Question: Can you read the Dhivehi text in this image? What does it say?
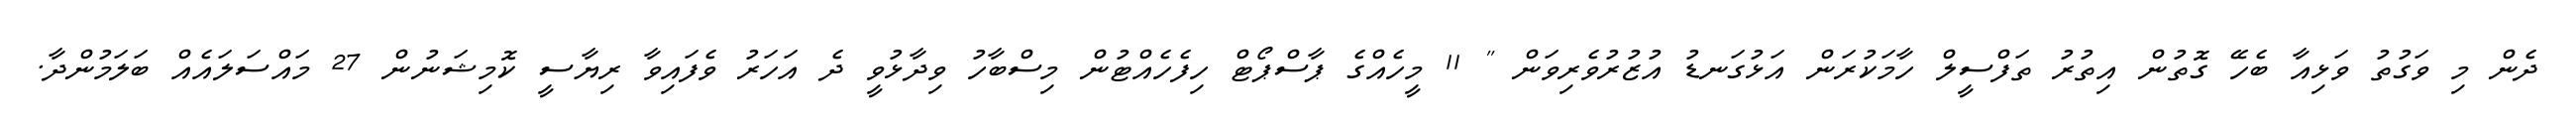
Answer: ދެން މި ވަގުތު ވަޅިއާ ބެހޭ ގޮތުން އިތުރު ތަފްސީލް ހާމަކުރަން އަޅުގަނޑު އުޒުރުވެރިވަން " 11 މީހެއްގެ ޕާސްޕޯޓް ހިފެހެއްޓުން މިސްބާހު ވިދާޅުވީ ދެ އަހަރު ވެފައިވާ ރިޔާސީ ކޮމިޝަނުން 27 މައްސަލައެއް ބަލަމުންދާ.